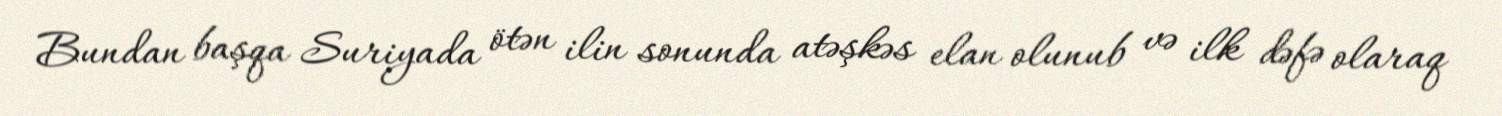
Bundan başqa Suriyada ötən ilin sonunda atəşkəs elan olunub və ilk dəfə olaraq